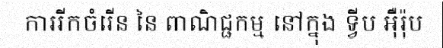
ការរីកចំរើន នៃ ពាណិជ្ជកម្ម នៅក្នុង ទ្វីប អ៊ឺរ៉ុប